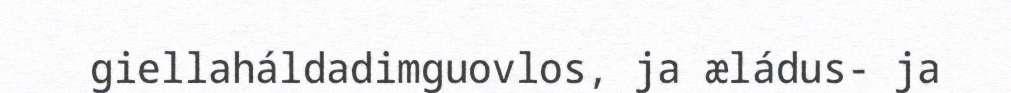
giellaháldadimguovlos, ja æládus- ja